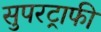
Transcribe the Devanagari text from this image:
सुपरट्राफी